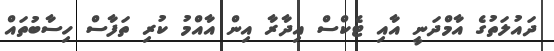
ދައުލަތުގެ އާމްދަނީ އާއި ޓެކްސް އިދާރާ އިން އާއްމު ކުރި ތަފާސް ހިސާބުތައް